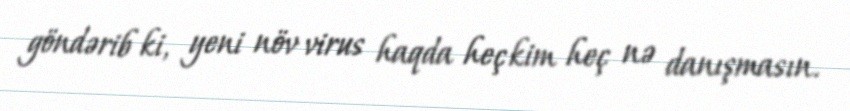
göndərib ki, yeni növ virus haqda heç kim heç nə danışmasın.